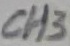
Text: CH3